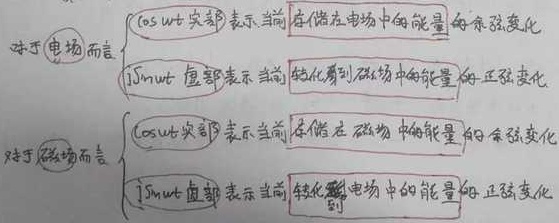
对于电场而言
\[
\begin{cases}
\cos\omega t\text{：实部表示当前[存储在电场中的能量]的余弦变化}\\
\mathrm{j}\sin\omega t\text{：虚部表示当前[转化到磁场中的能量]的正弦变化}
\end{cases}
\]
对于磁场而言
\[
\begin{cases}
\cos\omega t\text{：实部表示当前[存储在磁场中的能量]的余弦变化}\\
\mathrm{j}\sin\omega t\text{：虚部表示当前[转化到电场中的能量]的正弦变化}
\end{cases}
\]